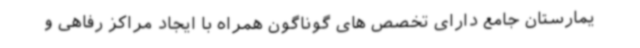
یمارستان جامع دارای تخصص های گوناگون همراه با ایجاد مراکز رفاهی و